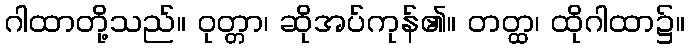
ဂါထာတို့သည်။ ဝုတ္တာ၊ ဆိုအပ်ကုန်၏။ တတ္ထ၊ ထိုဂါထာ၌။